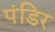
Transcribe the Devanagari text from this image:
पंडिर